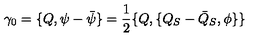
\gamma _ { 0 } = \{ Q , \psi - { \bar { \psi } } \} = \frac { 1 } { 2 } \{ Q , \{ Q _ { S } - { \bar { Q } } _ { S } , \phi \} \}